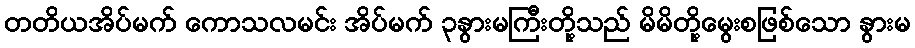
တတိယအိပ်မက် ကောသလမင်း အိပ်မက် ၃နွားမကြီးတို့သည် မိမိတို့မွေးစဖြစ်သော နွားမ